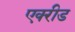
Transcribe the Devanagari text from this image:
एक्‍रीड